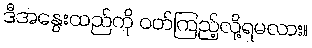
ဒီအနွေးထည်ကို ဝတ်ကြည့်လို့ရမလား။